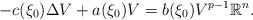
LaTeX: \begin{align*}-c(\xi_{0})\Delta V+a(\xi_{0})V=b(\xi_{0})V^{p-1}\mathbb{R}^{n}.\end{align*}